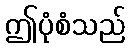
ဤပုံစံသည်